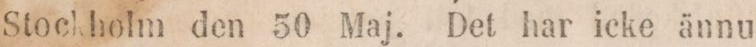
Stockholm den 50 Maj. Det har icke ännu